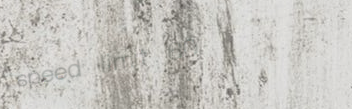
speed limit 60